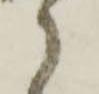
郎